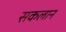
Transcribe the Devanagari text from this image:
सकलान